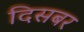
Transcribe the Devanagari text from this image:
दिसबर